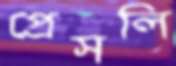
প্রেসলি